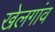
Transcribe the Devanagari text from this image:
खेलगांव